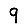
Digit: 9